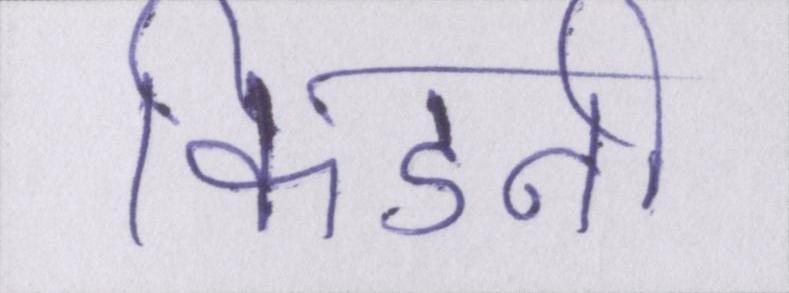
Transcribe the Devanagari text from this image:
किडनी